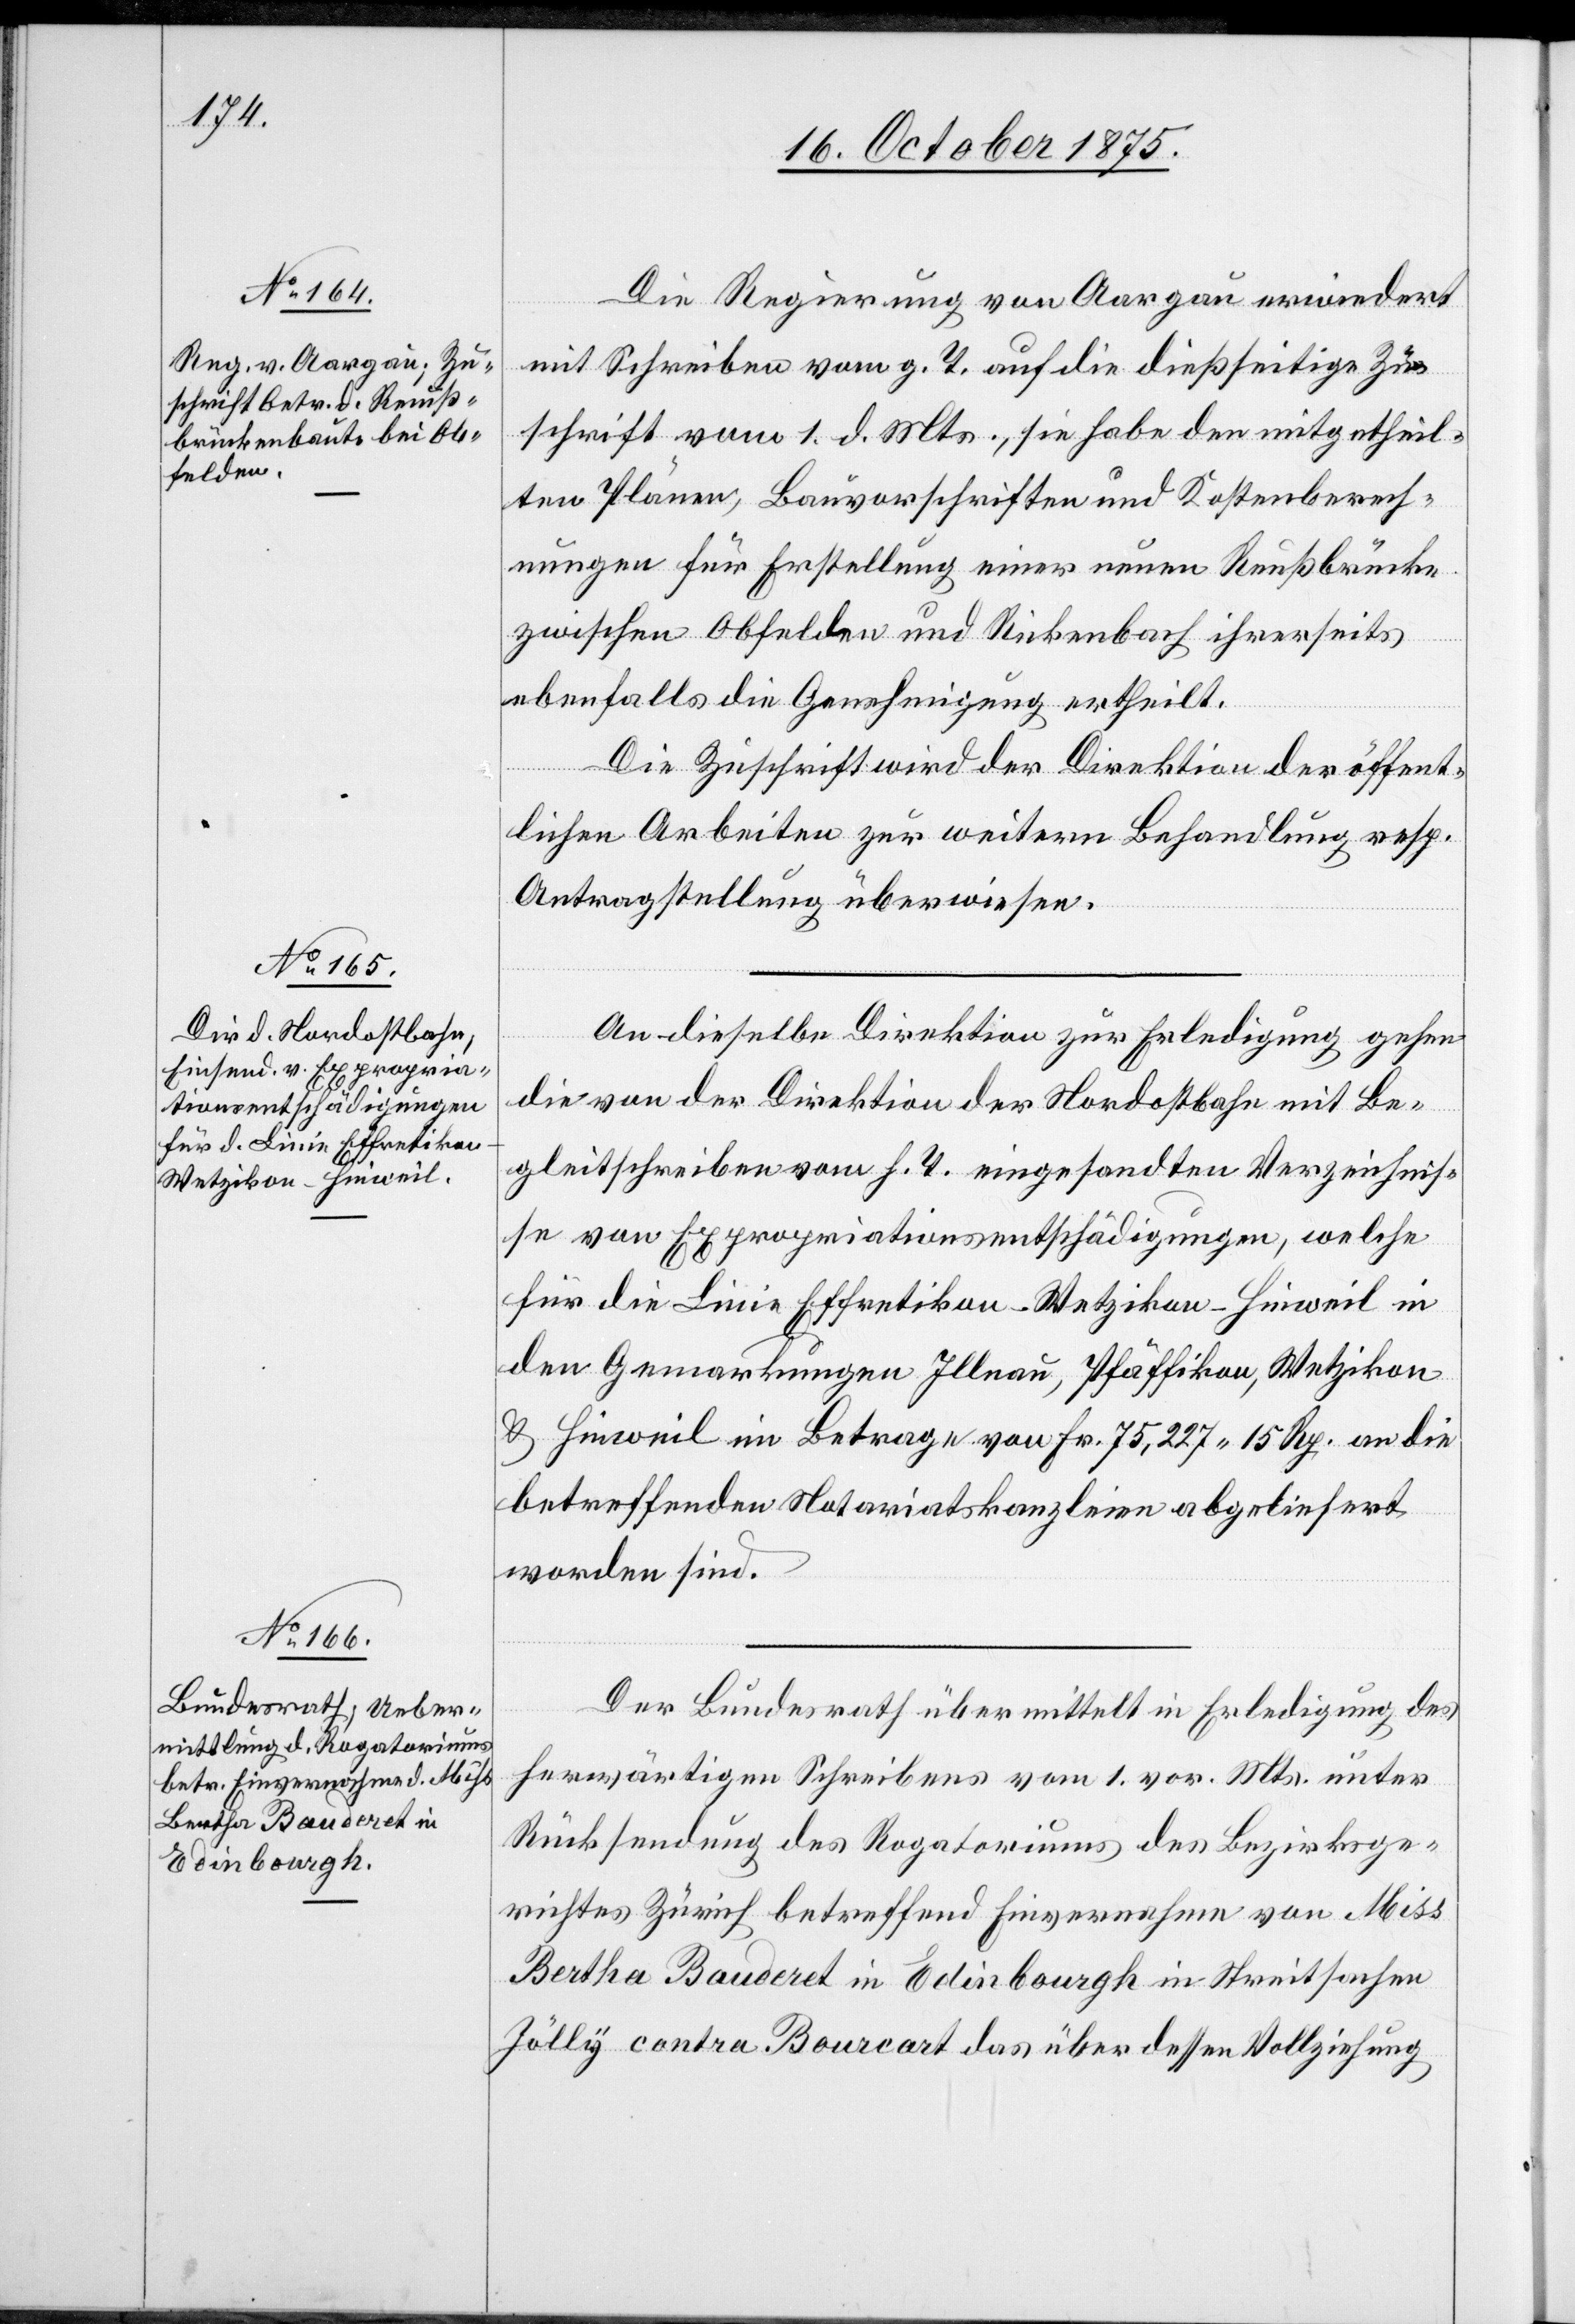
21. October 1875.]
Die Regierung von Aargau erwiedert
mit Schreiben vom g. T. auf die dießseitige Zu¬
schrift vom 1. d. Mts., sie habe den mitgetheil¬
ten Plänen, Bauvorschriften und Kostenberech¬
nungen für Erstellung einer neuen Reußbrücke
zwischen Obfelden und Rickenbach ihrerseits
ebenfalls die Genehmigung ertheilt.
Die Zuschrift wird der Direktion der öffent¬
lichen Arbeiten zur weitern Behandlung resp.
Antragstellung überwiesen.
An dieselbe Direktion zur Erledigung gehen
die von der Direktion der Nordostbahn mit Be¬
gleitschreiben vom h. T. eingesandten Verzeichnis¬
se von Expropriationsentschädigungen, welche
für die Linie Effretikon–Wetzikon–Hinweil in
den Gemarkungen Illnau, Pfäffikon, Wetzikon
& Hinweil im Betrage von Fr. 75,227 15 Rp. an die
betreffenden Notariatskanzleien abgeliefert
worden sind.
Der Bundesrath übermittelt in Erledigung des
herwärtigen Schreibens vom 1. vor. Mts. unter
Rücksendung des Rogatoriums des Bezirksge¬
richtes Zürich betreffend Einvernahme von Miss
Bertha Bauderet in Edinbourgh in Streitsachen
Zölly contra Bourcart das über dessen Vollziehung